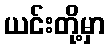
ယင်းတို့မှာ